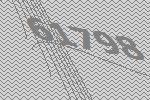
61798